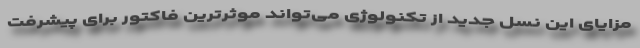
مزایای این نسل جدید از تکنولوژی می‌تواند موثرترین فاکتور برای پیشرفت